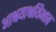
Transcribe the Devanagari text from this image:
आश्रयाश्रयिभाव